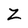
Character: Z